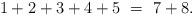
LaTeX: \begin{align*} 1 + 2 + 3 + 4 + 5\ =\ 7 + 8.\end{align*}